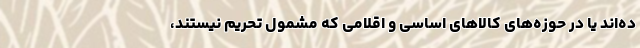
ده‌اند یا در حوزه‌های کالاهای اساسی و اقلامی که مشمول تحریم نیستند،